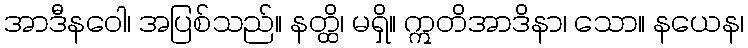
အာဒီနဝေါ၊ အပြစ်သည်။ နတ္ထိ၊ မရှိ။ ဣတိအာဒိနာ၊ သော။ နယေန၊